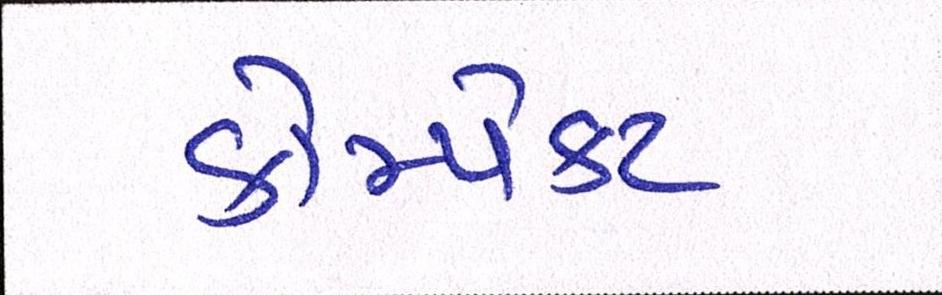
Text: કોમ્પેક્ટ